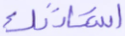
استأذنك